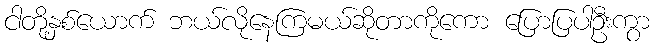
ငါတို့နှစ်ယောက် ဘယ်လိုနေကြမယ်ဆိုတာကိုကော ပြောပြပါဦးကွာ